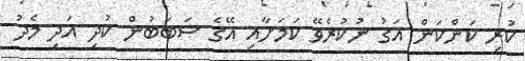
ކުރި ކަންކަން އަގު ނުކުރެވޭ ކަމަށާއި އޭގެ ސަބަބުން ކުދި އަދި މެދު